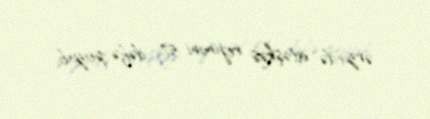
ərzində atəşkəs rejimini 57 dəfə pozub.